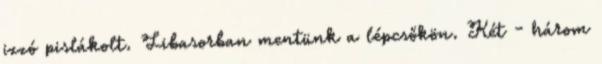
izzó pislákolt. Libasorban mentünk a lépcsőkön. Két - három